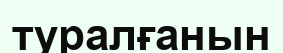
туралғанын